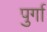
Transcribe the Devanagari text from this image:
पुर्गा